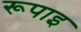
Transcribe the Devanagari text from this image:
रूपाइ